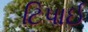
ટિપાઈ